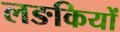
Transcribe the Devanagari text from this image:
लङकियों